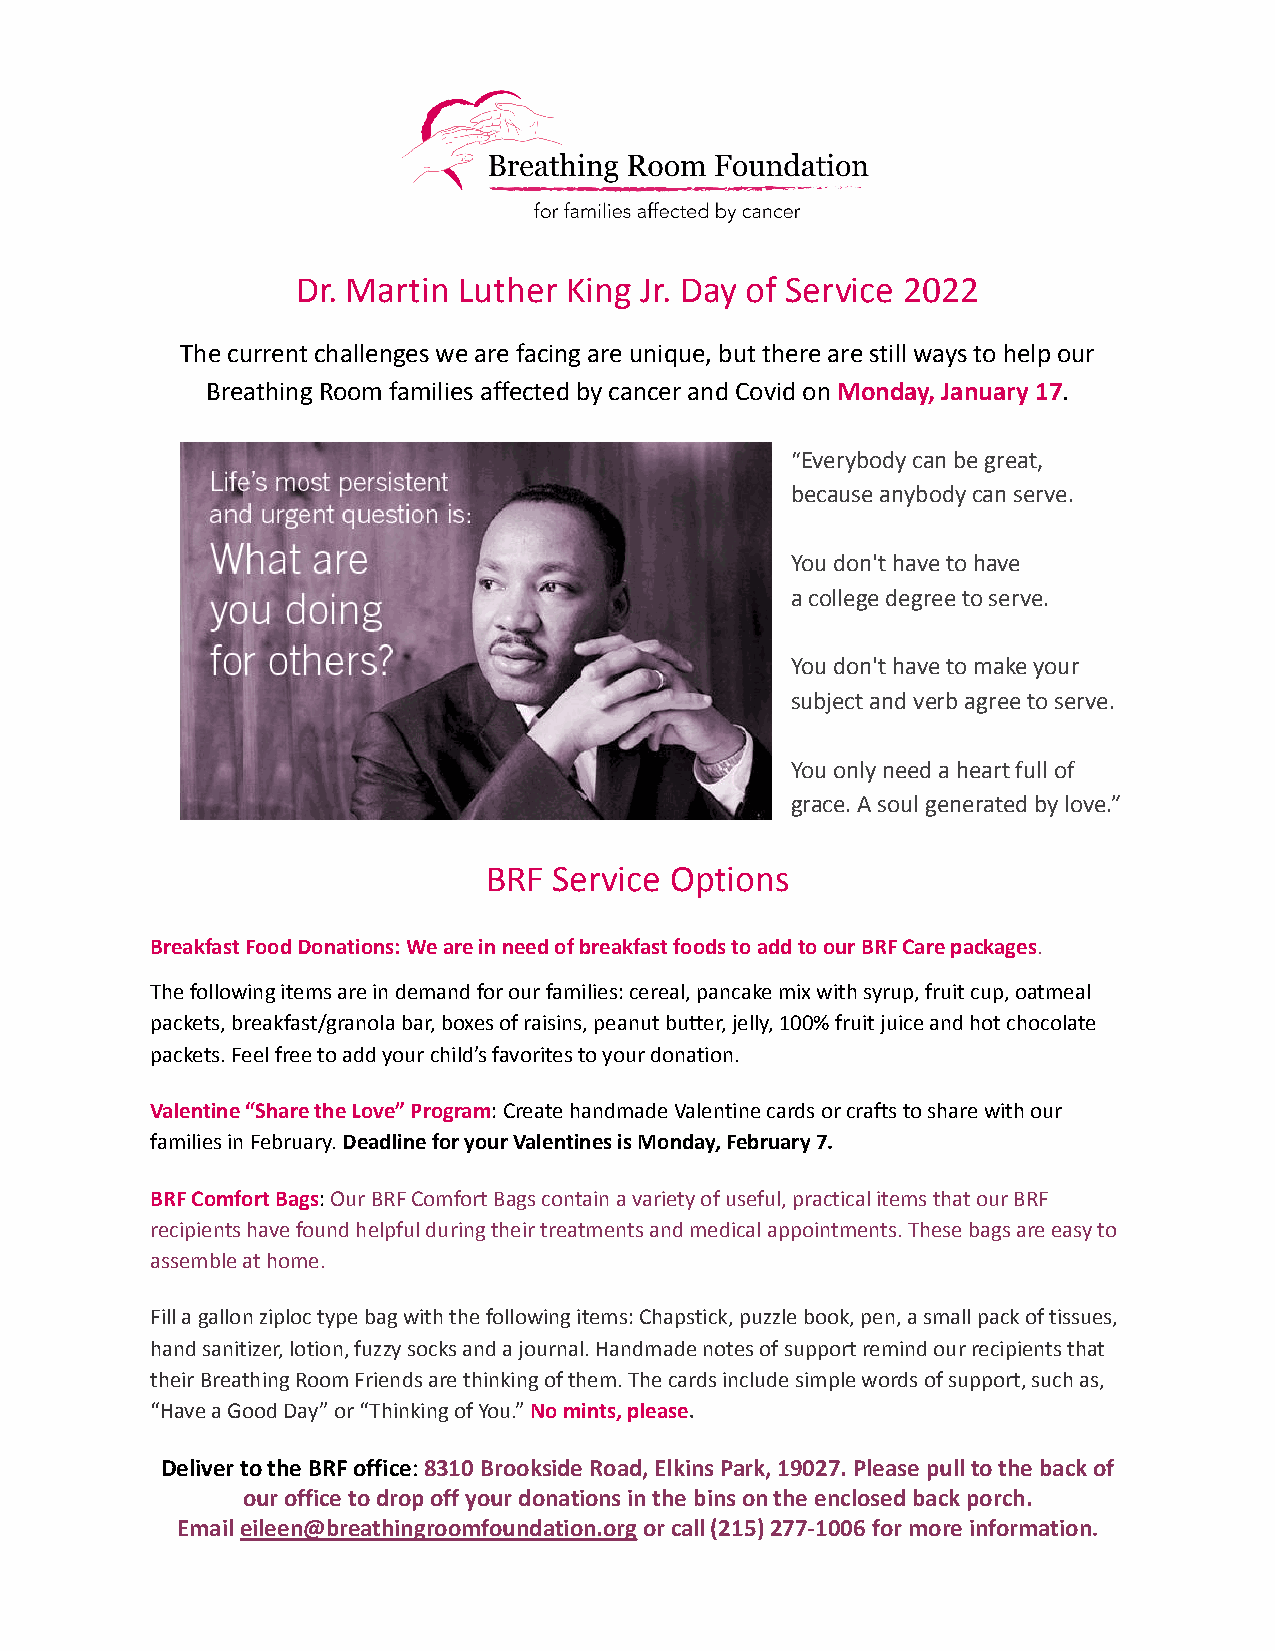
Dr. Martin Luther King Jr. Day of Service 2022
 The current challenges we are facing are unique, but there are still ways to help our
 Breathing Room families affected by cancer and Covid onMonday, January 17.
 “Everybody can be great,
 because anybody can serve.
 You don't have to have
 a college degree to serve.
 You don't have to make your
 subject and verb agree to serve.
 You only need a heart full of
 grace. A soul generated by love.”
 BRF  Service Options
 Breakfast Food Donations: We are in need of breakfast foods to add to our BRF Care packages.
 The following items are in demand for our families: cereal, pancake mix with syrup, fruit cup, oatmeal
 packets, breakfast/granola bar, boxes of raisins, peanut butter, jelly, 100% fruit juice and hot chocolate
 packets. Feel free to add your child’s favorites to your donation.
 Valentine “Share the Love” Program: Create handmadeValentine cards or crafts to share with our
 families in February.Deadline for your Valentinesis Monday, February 7.
 BRF Comfort Bags:Our BRF Comfort Bags contain a varietyof useful, practical items that our BRF
 recipients have found helpful during their treatments and medical appointments. These bags are easy to
 assemble at home.
 Fill a gallon ziploc type bag with the following items: Chapstick, puzzle book, pen, a small pack of tissues,
 hand sanitizer, lotion, fuzzy socks and a journal. Handmade notes of support remind our recipients that
 their Breathing Room Friends are thinking of them. The cards include simple words of support, such as,
 “Have a Good Day” or “Thinking of You.”No mints,please.
 Deliver to the BRF office:8310 Brookside Road, ElkinsPark, 19027. Please pull to the back of
 our office to drop off your donations in the bins on the enclosed back porch.
 Emaileileen@breathingroomfoundation.orgor call (215)277-1006 for more information.